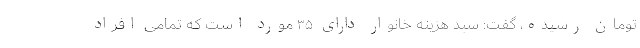
تومان رسیده، گفت: سبد هزینه خانوار دارای ۳۵ مورد است که تمامی افراد